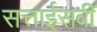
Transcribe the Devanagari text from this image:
सत्ताईसवीं